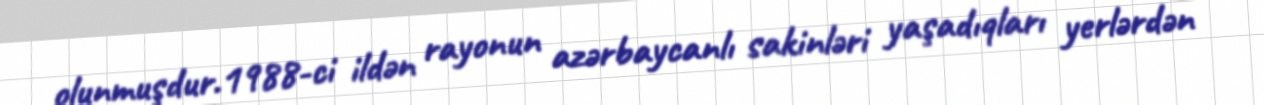
olunmuşdur.1988-ci ildən rayonun azərbaycanlı sakinləri yaşadıqları yerlərdən